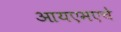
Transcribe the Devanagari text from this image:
आयएमएचे